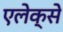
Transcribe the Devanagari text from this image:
एलेक्से